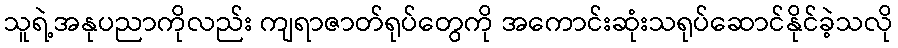
သူရဲ့အနုပညာကိုလည်း ကျရာဇာတ်ရုပ်တွေကို အကောင်းဆုံးသရုပ်ဆောင်နိုင်ခဲ့သလို